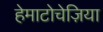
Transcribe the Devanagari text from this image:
हेमाटोचेज़िया